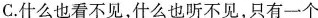
C.什么也看不见，什么也听不见，只有一个